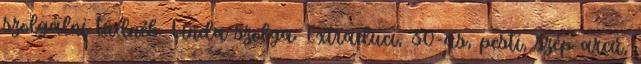
szolgálni tudnék. Linda szolga: Extraduci, 30-as, pesti, szép arcú,